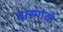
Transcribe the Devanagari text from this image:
बास्माची